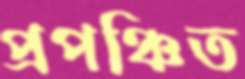
প্রপঞ্চিত